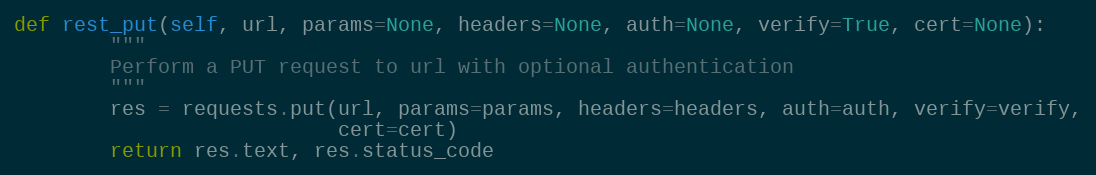
Language: Python
def rest_put(self, url, params=None, headers=None, auth=None, verify=True, cert=None):
        """
        Perform a PUT request to url with optional authentication
        """
        res = requests.put(url, params=params, headers=headers, auth=auth, verify=verify,
                           cert=cert)
        return res.text, res.status_code